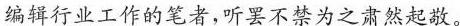
编辑行业工作的笔者，听罢不禁为之肃然起敬。